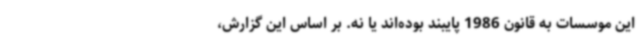
این موسسات به قانون 1986 پایبند بوده‌اند یا نه. بر اساس این گزارش،